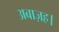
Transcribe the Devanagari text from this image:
अबाज़ह।